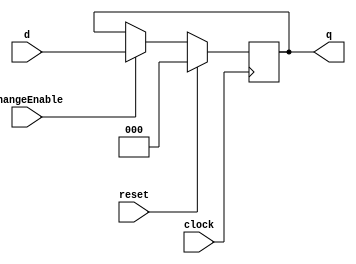
module register3 (
	input [2:0] d,
	input changeEnable,     //Change Enable
	input reset,  //
	input clock,    //
	output reg [2:0] q
);

	always @ (posedge clock) begin 
		if (reset) begin
			q <= 3'b000;
		end else if ( changeEnable ) begin
				q <= d;
		end
	end
	
endmodule